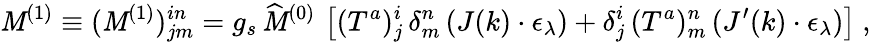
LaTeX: \mathit{M}^{(1)}\equiv(\mathit{M}^{(1)})_{jm}^{in}=g_{s}\, \widehat{{\mathit{M}}}^{(0)}\, \left[(T^{a})_{j}^{i}\, \delta_{m}^{n}\, (J(k)\cdot\epsilon_{\lambda})+\delta_{j}^{i}\, (T^{a})_{m}^{n}\, (J^{\prime}(k)\cdot\epsilon_{\lambda})\right]~,